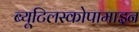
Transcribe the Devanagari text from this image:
ब्यूटिलस्कोपामाइन